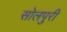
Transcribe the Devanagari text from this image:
सोलपुरी